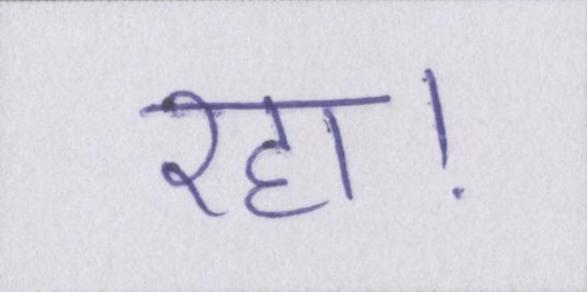
रहा।